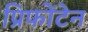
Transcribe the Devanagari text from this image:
प्रिफोंटेन